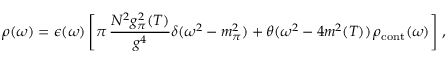
\rho ( \omega ) = \epsilon ( \omega ) \left[ \pi \, { \frac { N ^ { 2 } g _ { \pi } ^ { 2 } ( T ) } { g ^ { 4 } } } \delta ( \omega ^ { 2 } - m _ { \pi } ^ { 2 } ) + \theta ( \omega ^ { 2 } - 4 m ^ { 2 } ( T ) ) \, \rho _ { \mathrm { c o n t } } ( \omega ) \right] \, ,